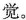
觉。